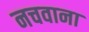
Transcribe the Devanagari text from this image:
नचवाना